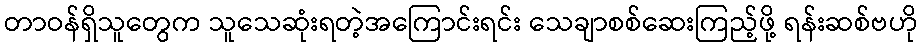
တာဝန်ရှိသူတွေက သူသေဆုံးရတဲ့အကြောင်းရင်း သေချာစစ်ဆေးကြည့်ဖို့ ရန်းဆစ်ဗဟို